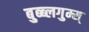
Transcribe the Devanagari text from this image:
बुब्ब्लगुम्स्